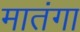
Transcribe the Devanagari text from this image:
मातंगा